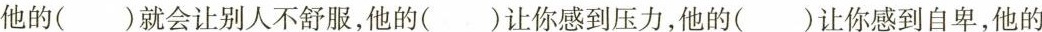
他的( )就会让别人不舒服，他的( )让你感到压力，他的( )让你感到自卑，他